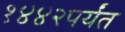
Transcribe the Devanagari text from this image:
१४४२पर्यंत